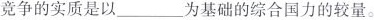
竞争的实质是以___为基础的综合国力的较量。